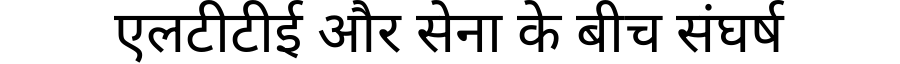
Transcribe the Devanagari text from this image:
एलटीटीई और सेना के बीच संघर्ष